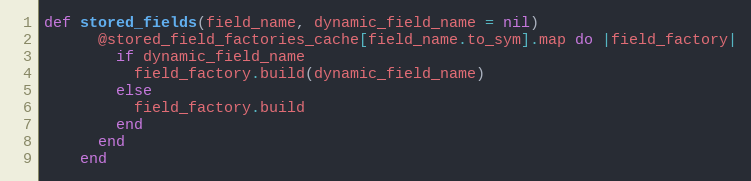
Language: Ruby
def stored_fields(field_name, dynamic_field_name = nil)
      @stored_field_factories_cache[field_name.to_sym].map do |field_factory|
        if dynamic_field_name
          field_factory.build(dynamic_field_name)
        else
          field_factory.build
        end
      end
    end